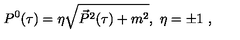
P ^ { 0 } ( \tau ) = \eta \sqrt { \vec { P } ^ { 2 } ( \tau ) + m ^ { 2 } } , \ \eta = \pm 1 \ ,